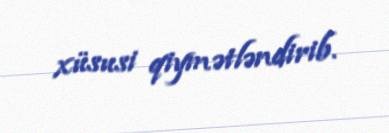
xüsusi qiymətləndirib.